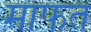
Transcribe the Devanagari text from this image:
माफत